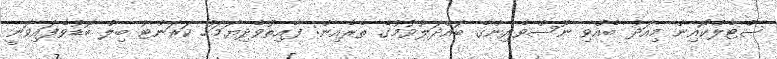
ސްޓެލްކޯއިން މިއަދު ބެއްވި ނޫސްވެރިންގެ ބައްދަލުވުމުގެ ތެރެއިން: ފާއިތުވެދިޔަމަހު ކަރަންޓު ބިލް ބޮޑުވެފައިވަނީ